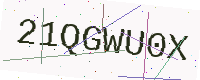
Text: 21QGWU0X